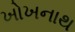
ખોખનાથ